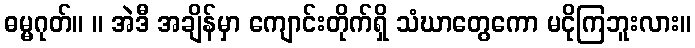
ဓမ္မဂုတ်။ ။ အဲဒီ အချိန်မှာ ကျောင်းတိုက်ရှိ သံဃာတွေကော မငိုကြဘူးလား။